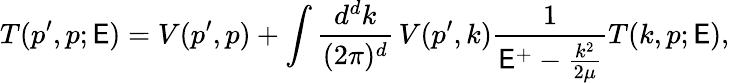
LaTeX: T(p^{\prime},p;\mathsf{E})=V(p^{\prime},p)+\int\frac{{d^{d}k}}{{(2\pi)^{d}}}\, V(p^{\prime},k)\frac{{1}}{{\mathsf{E}^{+}-\frac{{k^{2}}}{{2\mu}}}}T(k,p;\mathsf{E}),